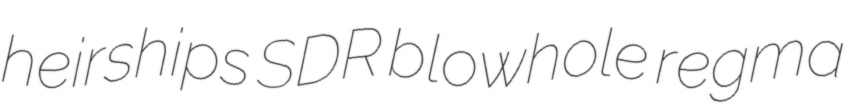
heirships SDR blowhole regma